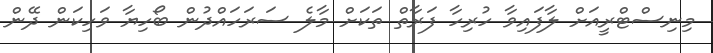
މިނިސްޓްރީއަށް ލާފައިވާ ހުރިހާ ފަރާތް ތަކަށް މާލެ ސަރަހައްދުން ބޯހިޔާ ވަހިކަން ދޭން